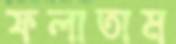
ফলাতাম